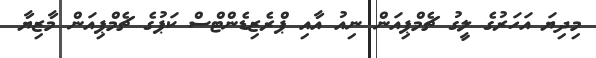
މިދިޔަ އަހަރުގެ ލީގު ޗެމްޕިއަން ނިއު އާއި ޕްރެޒިޑެންޓްސް ކަޕުގެ ޗެމްޕިއަން މާޒިޔާ